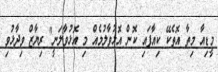
މީޑިއާ މިތާ އޮތެކޭ ކިއާފައި ކޮން އޮޅުވާލުމެއް މި އޮޅުވާލަނީ" ރިޔާޒް ވިދާޅުވި